Scientific memoirs by medical officers of the Army of India - Part X,
Year: 1897
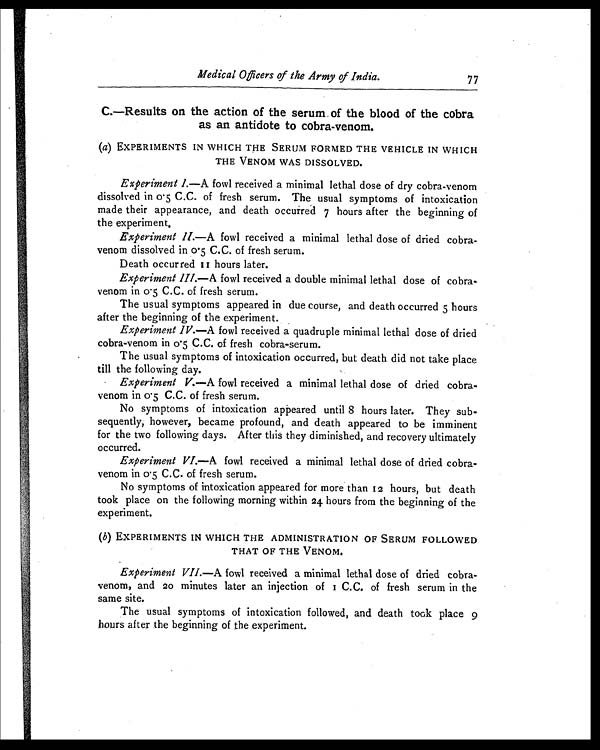
Medical Officers of the Army of India.
77
C.—Results on the action of the serum of the blood of the cobra
as an antidote to cobra-venom.
(a) EXPERIMENTS IN WHICH THE SERUM FORMED THE VEHICLE IN WHICH
THE VENOM WAS DISSOLVED.
Experiment I. —A fowl received a minimal lethal dose of dry cobra-venom
dissolved in 0.5 C.C. of fresh serum. The usual symptoms of intoxication
made their appearance, and death occurred 7 hours after the beginning of
the experiment.
Experiment II.—A fowl received a minimal lethal dose of dried cobra-
venom dissolved in 0.5 C.C. of fresh serum.
Death occur red 11 hours later.
Experiment III.— fowl received a double minimal lethal dose of cobra-
venom in 05 C.C. of fresh serum.
The usual symptoms appeared in due course, and death occurred 5 hours
after the beginning of the experiment.
Experiment IV.—A fowl received a quadruple minimal lethal dose of dried
cobra-venom in 0.5 C.C. of fresh cobra-serum.
The usual symptoms of intoxication occurred, but death did not take place
till the following day.
Experiment V. —A fowl received a minimal lethal dose of dried cobra-
venom in 0.5 C.C. of fresh serum.
No symptoms of intoxication appeared until 8 hours later. They sub-
sequently, however, became profound, and death appeared to be imminent
for the two following days. After this they diminished, and recovery ultimately
occurred.
Experiment VI.—A fowl received a minimal lethal dose of dried cobra-
venom in 0.5 C.C. of fresh serum.
No symptoms of intoxication appeared for more than 12 hours, but death
took place on the following morning within 24 hours from the beginning of the
experiment.
(b) EXPERIMENTS IN WHICH THE ADMINISTRATION OF SERUM FOLLOWED
THAT OF THE VENOM.
Experiment VII.—A fowl received a minimal lethal dose of dried cobra-
venom, and 20 minutes later an injection of 1 C.C. of fresh serum in the
same site.
The usual symptoms of intoxication followed, and death took place 9
hours after the beginning of the experiment.